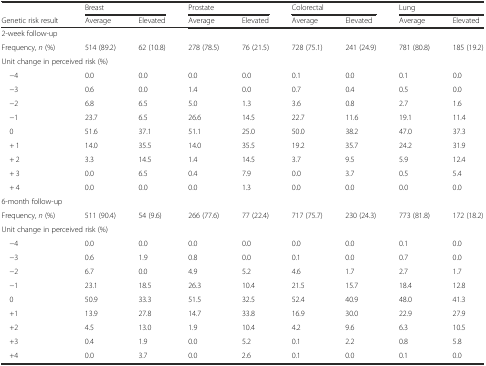
<table><thead><tr><td>[EMPTY_CELL]</td><td colspan="2"><b>Breast</b></td><td colspan="2"><b>Prostate</b></td><td colspan="2"><b>Colorectal</b></td><td colspan="2"><b>Lung</b></td></tr><tr><td><b>Genetic risk result</b></td><td><b>Average</b></td><td><b>Elevated</b></td><td><b>Average</b></td><td><b>Elevated</b></td><td><b>Average</b></td><td><b>Elevated</b></td><td><b>Average</b></td><td><b>Elevated</b></td></tr></thead><tbody><tr><td colspan="9">2-week follow-up</td></tr><tr><td>Frequency, <i>n</i> (%)</td><td>514 (89.2)</td><td>62 (10.8)</td><td>278 (78.5)</td><td>76 (21.5)</td><td>728 (75.1)</td><td>241 (24.9)</td><td>781 (80.8)</td><td>185 (19.2)</td></tr><tr><td colspan="9">Unit change in perceived risk (%)</td></tr><tr><td> −4</td><td>0.0</td><td>0.0</td><td>0.0</td><td>0.0</td><td>0.1</td><td>0.0</td><td>0.1</td><td>0.0</td></tr><tr><td> −3</td><td>0.6</td><td>0.0</td><td>1.4</td><td>0.0</td><td>0.7</td><td>0.4</td><td>0.5</td><td>0.0</td></tr><tr><td> −2</td><td>6.8</td><td>6.5</td><td>5.0</td><td>1.3</td><td>3.6</td><td>0.8</td><td>2.7</td><td>1.6</td></tr><tr><td> −1</td><td>23.7</td><td>6.5</td><td>26.6</td><td>14.5</td><td>22.7</td><td>11.6</td><td>19.1</td><td>11.4</td></tr><tr><td> 0</td><td>51.6</td><td>37.1</td><td>51.1</td><td>25.0</td><td>50.0</td><td>38.2</td><td>47.0</td><td>37.3</td></tr><tr><td> + 1</td><td>14.0</td><td>35.5</td><td>14.0</td><td>35.5</td><td>19.2</td><td>35.7</td><td>24.2</td><td>31.9</td></tr><tr><td> + 2</td><td>3.3</td><td>14.5</td><td>1.4</td><td>14.5</td><td>3.7</td><td>9.5</td><td>5.9</td><td>12.4</td></tr><tr><td> + 3</td><td>0.0</td><td>6.5</td><td>0.4</td><td>7.9</td><td>0.0</td><td>3.7</td><td>0.5</td><td>5.4</td></tr><tr><td> + 4</td><td>0.0</td><td>0.0</td><td>0.0</td><td>1.3</td><td>0.0</td><td>0.0</td><td>0.0</td><td>0.0</td></tr><tr><td>6-month follow-up</td><td>[EMPTY_CELL]</td><td>[EMPTY_CELL]</td><td>[EMPTY_CELL]</td><td>[EMPTY_CELL]</td><td>[EMPTY_CELL]</td><td>[EMPTY_CELL]</td><td>[EMPTY_CELL]</td><td>[EMPTY_CELL]</td></tr><tr><td>Frequency, <i>n</i> (%)</td><td>511 (90.4)</td><td>54 (9.6)</td><td>266 (77.6)</td><td>77 (22.4)</td><td>717 (75.7)</td><td>230 (24.3)</td><td>773 (81.8)</td><td>172 (18.2)</td></tr><tr><td colspan="9">Unit change in perceived risk (%)</td></tr><tr><td> −4</td><td>0.0</td><td>0.0</td><td>0.0</td><td>0.0</td><td>0.0</td><td>0.0</td><td>0.1</td><td>0.0</td></tr><tr><td> −3</td><td>0.6</td><td>1.9</td><td>0.8</td><td>0.0</td><td>0.1</td><td>0.0</td><td>0.7</td><td>0.0</td></tr><tr><td> −2</td><td>6.7</td><td>0.0</td><td>4.9</td><td>5.2</td><td>4.6</td><td>1.7</td><td>2.7</td><td>1.7</td></tr><tr><td> −1</td><td>23.1</td><td>18.5</td><td>26.3</td><td>10.4</td><td>21.5</td><td>15.7</td><td>18.4</td><td>12.8</td></tr><tr><td> 0</td><td>50.9</td><td>33.3</td><td>51.5</td><td>32.5</td><td>52.4</td><td>40.9</td><td>48.0</td><td>41.3</td></tr><tr><td> +1</td><td>13.9</td><td>27.8</td><td>14.7</td><td>33.8</td><td>16.9</td><td>30.0</td><td>22.9</td><td>27.9</td></tr><tr><td> +2</td><td>4.5</td><td>13.0</td><td>1.9</td><td>10.4</td><td>4.2</td><td>9.6</td><td>6.3</td><td>10.5</td></tr><tr><td> +3</td><td>0.4</td><td>1.9</td><td>0.0</td><td>5.2</td><td>0.1</td><td>2.2</td><td>0.8</td><td>5.8</td></tr><tr><td> +4</td><td>0.0</td><td>3.7</td><td>0.0</td><td>2.6</td><td>0.1</td><td>0.0</td><td>0.1</td><td>0.0</td></tr></tbody></table>